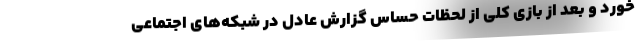
خورد و بعد از بازی کلی از لحظات حساس گزارش عادل در شبکه‌های اجتماعی